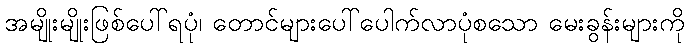
အမျိုးမျိုးဖြစ်ပေါ်ရပုံ၊ တောင်များပေါ်ပေါက်လာပုံစသော မေးခွန်းများကို